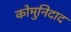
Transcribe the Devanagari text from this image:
कोमुनिदाद